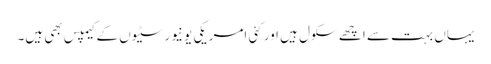
یہاں بہت سے اچھے سکول ہیں اور کئی امریکی یونیورسٹیوں کے کیمپس بھی ہیں۔